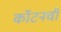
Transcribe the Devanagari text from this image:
कॉटनची